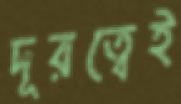
দূরত্বেই